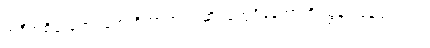
အဲဒီအစိမ်းရောင်တွေ ရှိတာက အဆိပ်တွေရှိနေတာကို ညွှန်ပြနေတာပါပဲ။